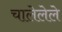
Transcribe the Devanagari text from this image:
चालेलेले